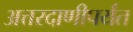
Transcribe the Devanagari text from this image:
अत्तरदाणीपर्यंत